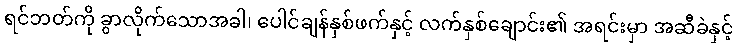
ရင်ဘတ်ကို ခွာလိုက်သောအခါ၊ ပေါင်ချန်နှစ်ဖက်နှင့် လက်နှစ်ချောင်း၏ အရင်းမှာ အဆီခဲနှင့်